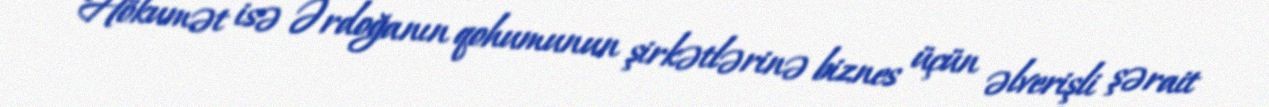
Hökumət isə Ərdoğanın qohumunun şirkətlərinə biznes üçün əlverişli şərait